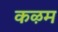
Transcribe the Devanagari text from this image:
कऴम